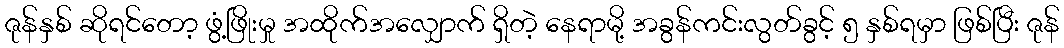
ဇုန်နှစ် ဆိုရင်တော့ ဖွံ့ဖြိုးမှု အထိုက်အလျှောက် ရှိတဲ့ နေရာမို့ အခွန်ကင်းလွတ်ခွင့် ၅ နှစ်ရမှာ ဖြစ်ပြီး ဇုန်